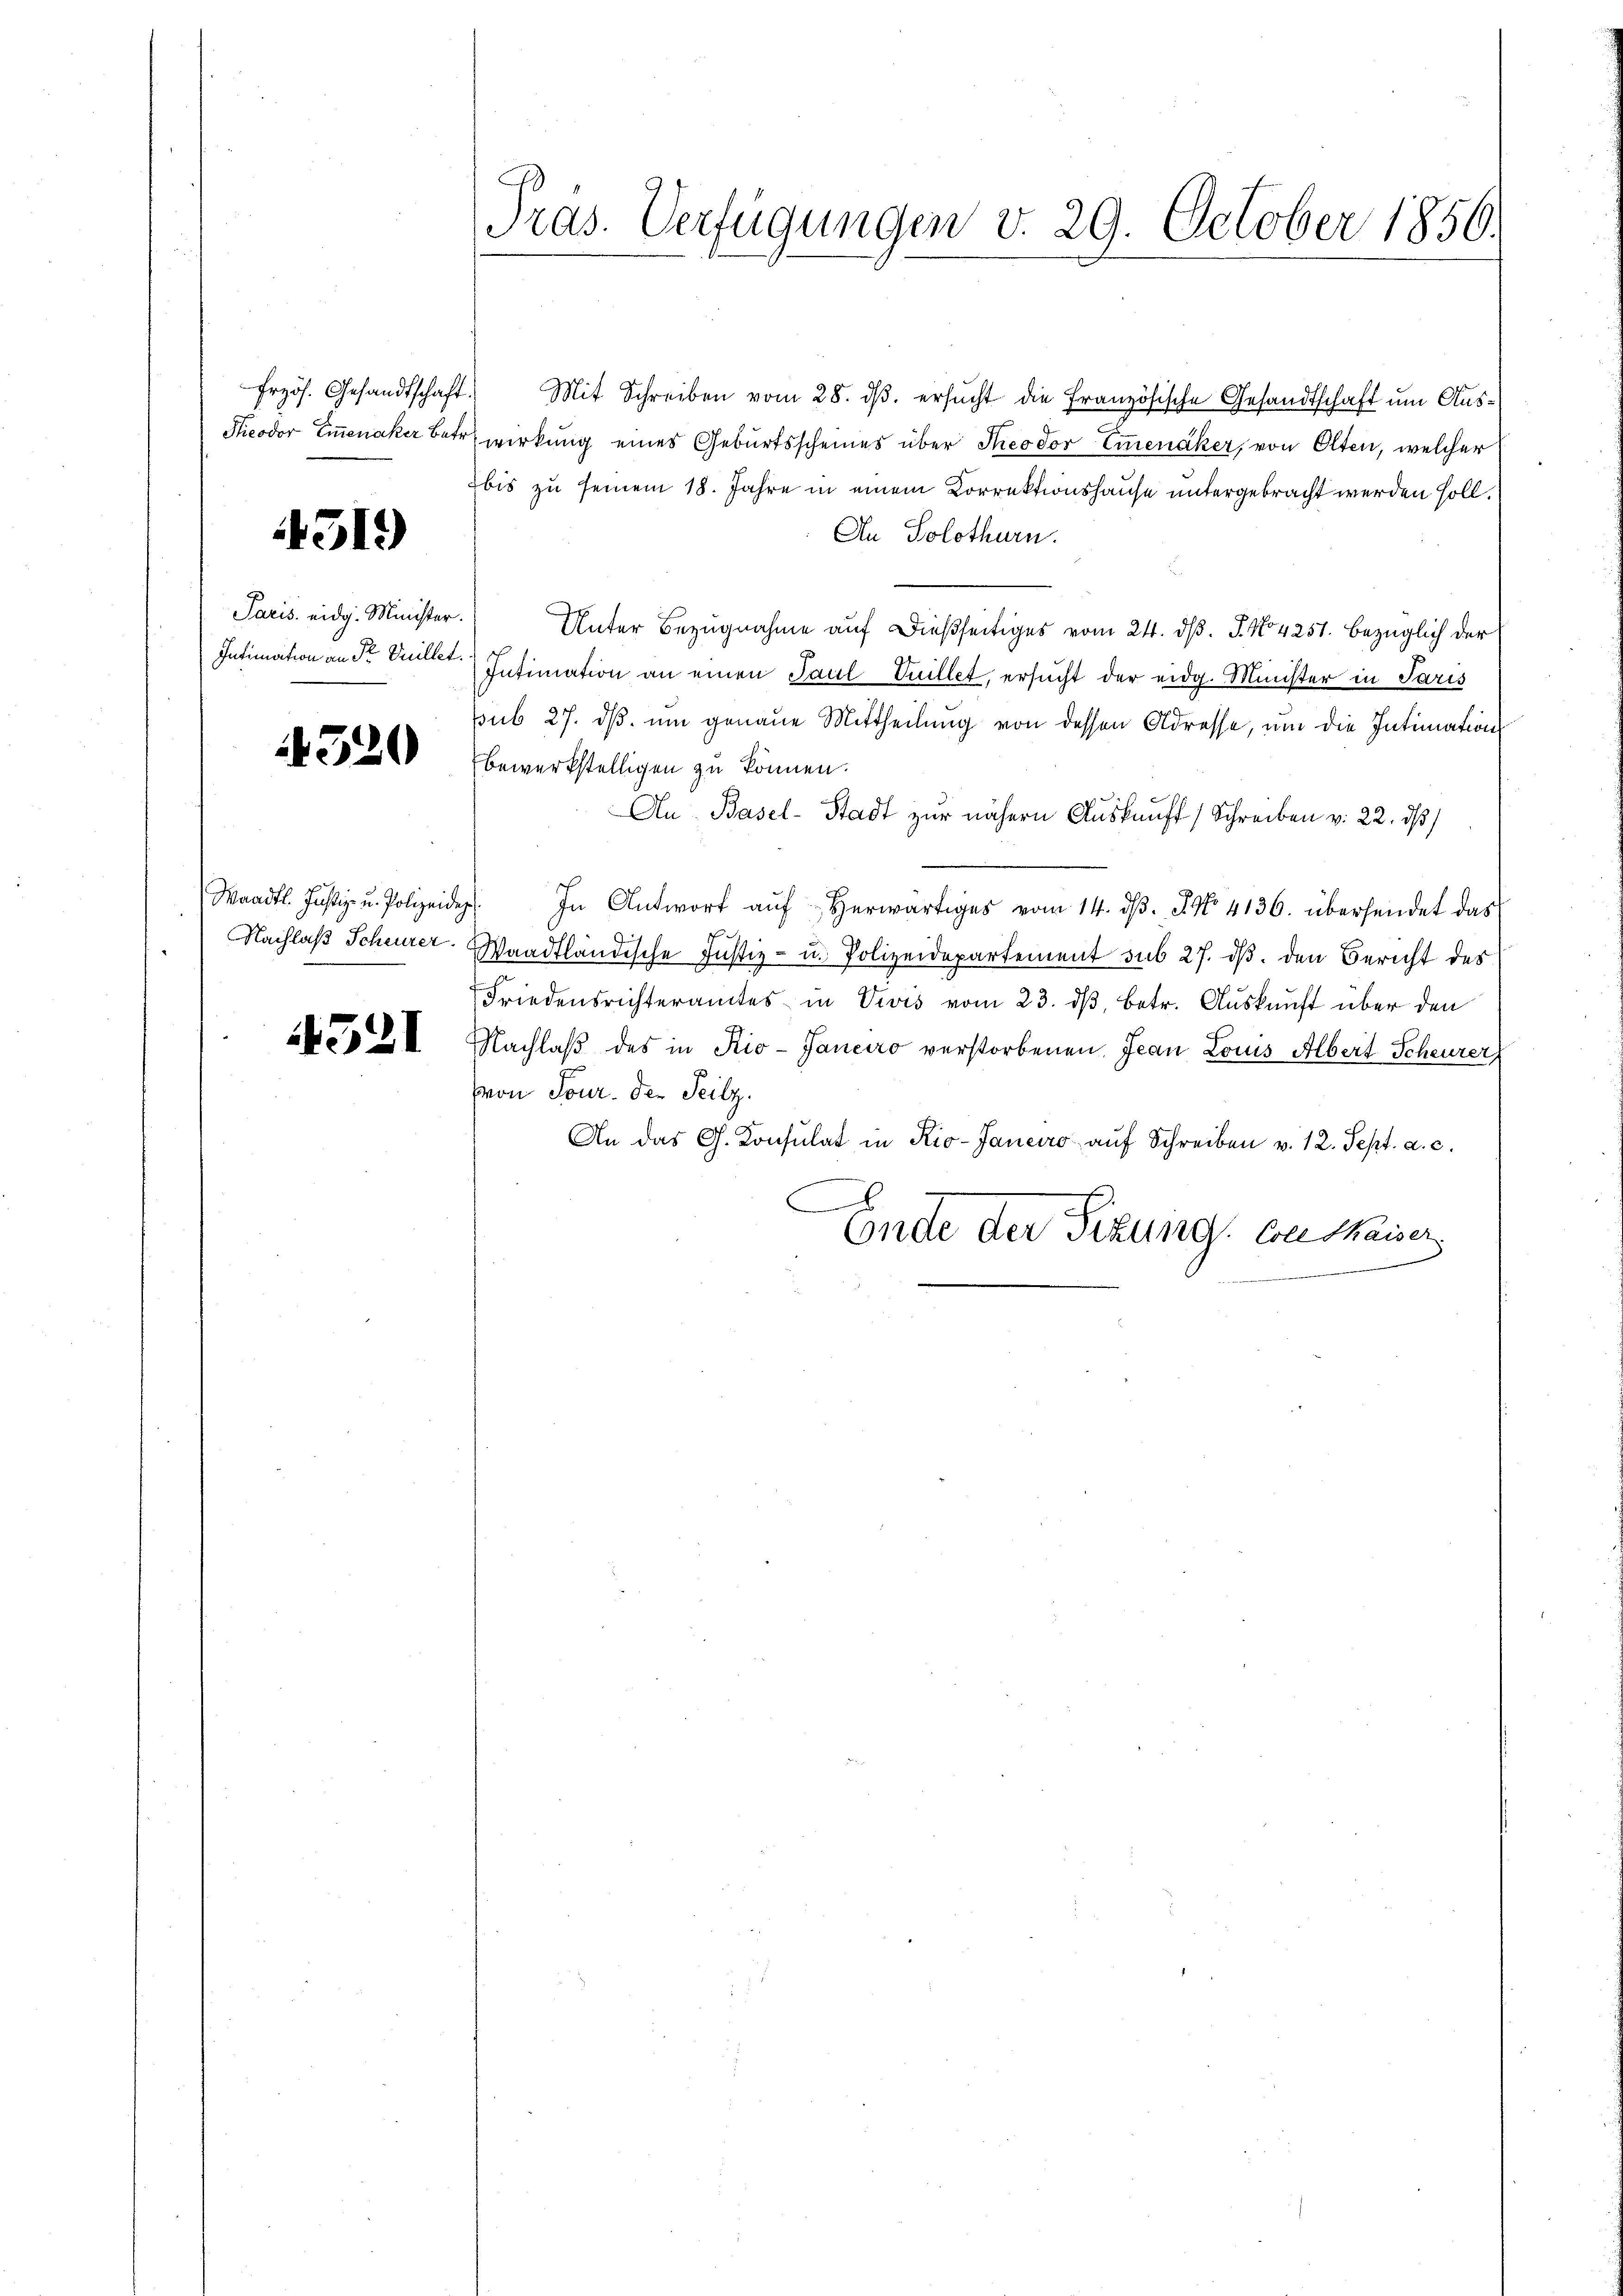
Frzös. Gesandtschaft

1319)

Paris eidg. Minister.
Intimation an Sr Duillet.

520

Waadt. Justiz- u. Polizeidig
Nachlaß Scheurer.

4521

Tras. Verfügungen v. 29. October 1856.

Mit Schreiben vom 28. dβ. ersucht die Französische Gesandtschaft um Aus¬
Sieodor Emmenaker betr. wirkung eines Geburtsscheines über Theodor Emmenaker, von Olten, welcher
bis zu seinem 18. Jahre in einem Korrektionshause untergebracht werden soll.
An Solothurn.
Unter Bezugnahme auf dießseitiges vom 24. d. J. No 4251. bezüglich der
Intimation an einen Paul Vuillet, ersucht der eidg. Minister in Paris
sub 27. ds. um genaue Mittheilung von dessen Adresse, um die Intimations
bewerkstelligen zu können.
An Basel-Stadt zur nähern Auskunft (Schreiben v. 22. dβ
1. In Antwort aŭf herwärtiges vom 14. dβ. 8. No 4136. übersendet das
f
Waadtländische Justiz- u. Polizeidepartement sub 27. ds. den Bericht des
Friedensrichteramtes in Vivis vom 23. dβ, betr. Auskunft über den
Nachlaβ des in Rio-Janeiro verstorbenen Jean Louis Albert Scheurer
von Sour. den Seilz.
An das G. Konsulat in Kio-Janeiro auf Schreiben v. 12. Sept. a. c.
b
Conde der Sitzung. Conthaiser